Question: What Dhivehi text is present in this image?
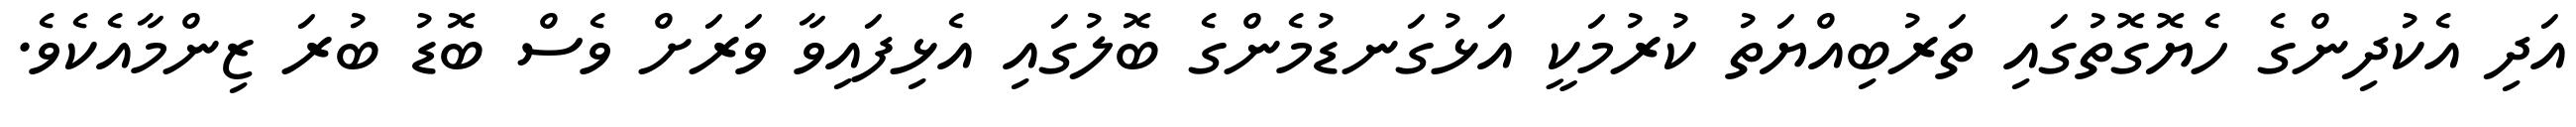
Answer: އަދި އެކުދިންގެ ހެޔޮގޮތުގައި ތަރުބިއްޔަތު ކުރުމަކީ އަޅުގަނޑުމެންގެ ބޮލުގައި އެޅިފައިވާ ވަރަށް ވެސް ބޮޑު ބުރަ ޒިންމާއެކެވެ.